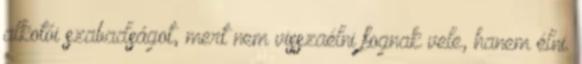
alkotói szabadságot, mert nem visszaélni fognak vele, hanem élni.